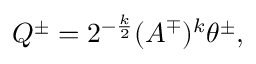
Q ^ { \pm } = 2 ^ { - \frac k 2 } ( A ^ { \mp } ) ^ { k } \theta ^ { \pm } ,